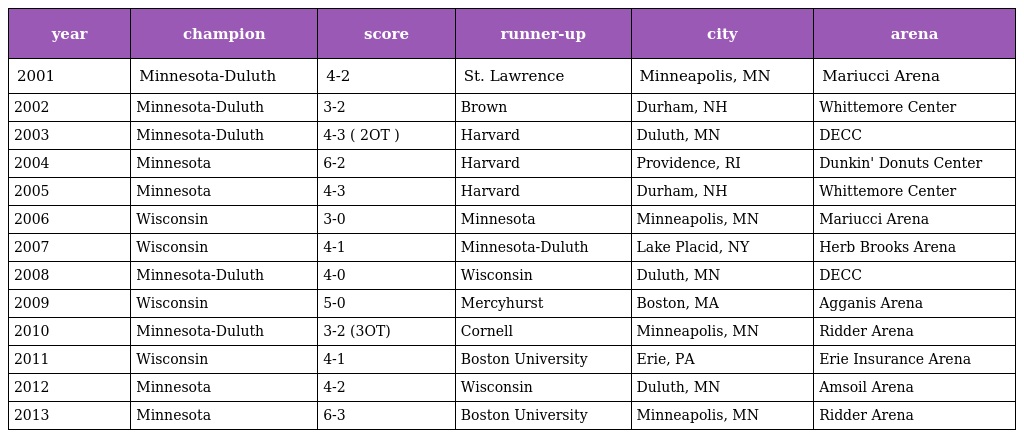
| year | champion | score | runner-up | city | arena |
 | --- | --- | --- | --- | --- | --- |
 | 2001 | Minnesota-Duluth | 4-2 | St. Lawrence | Minneapolis, MN | Mariucci Arena |
 | 2002 | Minnesota-Duluth | 3-2 | Brown | Durham, NH | Whittemore Center |
 | 2003 | Minnesota-Duluth | 4-3 ( 2OT ) | Harvard | Duluth, MN | DECC |
 | 2004 | Minnesota | 6-2 | Harvard | Providence, RI | Dunkin' Donuts Center |
 | 2005 | Minnesota | 4-3 | Harvard | Durham, NH | Whittemore Center |
 | 2006 | Wisconsin | 3-0 | Minnesota | Minneapolis, MN | Mariucci Arena |
 | 2007 | Wisconsin | 4-1 | Minnesota-Duluth | Lake Placid, NY | Herb Brooks Arena |
 | 2008 | Minnesota-Duluth | 4-0 | Wisconsin | Duluth, MN | DECC |
 | 2009 | Wisconsin | 5-0 | Mercyhurst | Boston, MA | Agganis Arena |
 | 2010 | Minnesota-Duluth | 3-2 (3OT) | Cornell | Minneapolis, MN | Ridder Arena |
 | 2011 | Wisconsin | 4-1 | Boston University | Erie, PA | Erie Insurance Arena |
 | 2012 | Minnesota | 4-2 | Wisconsin | Duluth, MN | Amsoil Arena |
 | 2013 | Minnesota | 6-3 | Boston University | Minneapolis, MN | Ridder Arena |